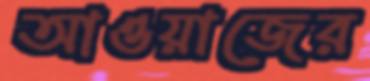
আওয়াজের